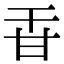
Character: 𤮻